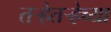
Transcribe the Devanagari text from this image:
तऱ्हेतऱ्हेच्या